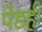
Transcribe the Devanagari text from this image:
पेंडही